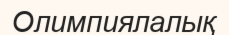
Олимпиялалық